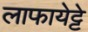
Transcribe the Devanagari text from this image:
लाफायेट्टे